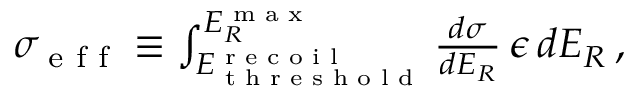
\begin{array} { r } { \sigma _ { \textup { e f f } } \equiv \int _ { E _ { \textup { t h r e s h o l d } } ^ { \textup { r e c o i l } } } ^ { E _ { R } ^ { \textup { m a x } } } \frac { d \sigma } { d E _ { R } } \, \epsilon \, d E _ { R } \, , } \end{array}